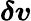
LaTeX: \boldsymbol{\delta v}